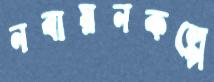
নবায়নকল্পে